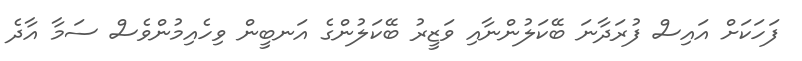
ފަހަކަށް އައިސް ފުރަދާނަ ބޭކަލުންނާއި ވަޒީރު ބޭކަލުންގެ އަނބީން ވިހެއިމުންވެސް ސަމާ އާދެ